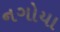
નગોયા